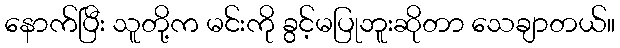
နောက်ပြီး သူတို့က မင်းကို ခွင့်မပြုဘူးဆိုတာ သေချာတယ်။